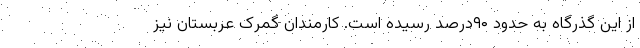
از این گذرگاه به حدود ۹۰درصد رسیده است. کارمندان گمرک عربستان نیز